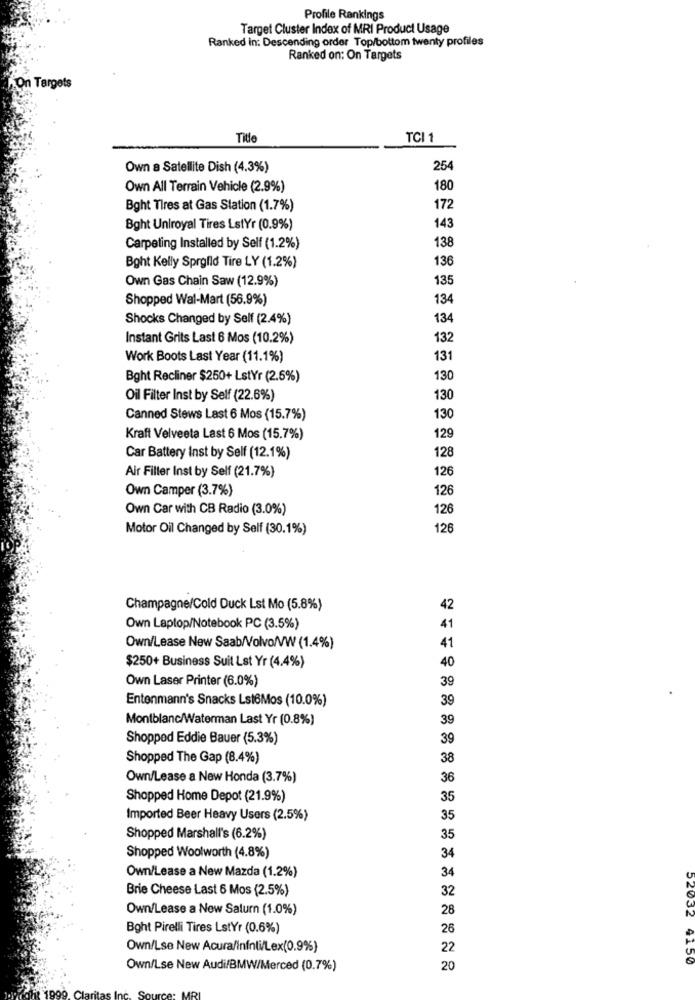
Profile Rankings
Target Cluster Index of MRI Product Usage
Ranked in: Descending order Top/bottom twenty profiles
Ranked on: On Targets
On Targets
Title
TCI 1
Own a Satellite Dish (4.3%)
254
Own All Terrain Vehicle (2.9%)
180
Bght Tires at Gas Station (1.7%)
172
Bght Uniroyal Tires LstYr (0.9%)
143
Carpeting Installed by Self (1.2%)
138
136
Bght Kelly Sprgild Tire LY (1.2%)
Own Gas Chain Saw (12.9%)
135
Shopped Wal-Mart (56.9%)
134
Shocks Changed by Self (2.4%)
134
Instant Grits Last 6 Mos (10.2%)
132
Work Boots Last Year (11.1%)
131
Bght Recliner $250+ LstYr (2.6%)
130
Oil Filter Inst by Self (22.6%)
130
Canned Stews Last 6 Mos (15.7%)
130
Kraft Velveeta Last 6 Mos (15.7%)
129
128
Car Battery Inst by Self (12.1%)
Air Filter Inst by Self (21.7%)
126
Own Camper (3.7%)
126
Own Car with CB Radio (3.0%)
126
Motor Oil Changed by Self (30.1%)
126
Champagne/Cold Duck Lst Mo (5.8%)
42
41
Own Laptop/Notebook PC (3.5%)
41
Own/Lease New Saab/Volvo/VW (1.4%)
40
$250+ Business Suit Lst Yr (4.4%)
Own Laser Printer (6.0%)
39
Entenmann's Snacks Lst6Mos (10.0%)
39
Montblanc/Waterman Last Yr (0.8%)
39
Shopped Eddie Bauer (5.3%)
39
Shopped The Gap (8.4%)
38
Own/Lease a New Honda (3.7%)
36
Shopped Home Depot (21.9%)
35
Imported Beer Heavy Users (2.5%)
35
Shopped Marshall's (6.2%)
35
Shopped Woolworth (4.8%)
34
Own/Lease a New Mazda (1.2%)
34
Brie Cheese Last 6 Mos (2.5%)
32
Own/Lease a New Saturn (1.0%)
28
Bght Pirelli Tires LstYr (0.6%)
26
Own/Lse New Acura/Infnii/Lex(0.9%)
22
52032 4150
Own/Lse New Audi/BMW/Merced (0.7%)
20